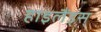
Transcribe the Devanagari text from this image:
हाइलैंड्स्